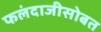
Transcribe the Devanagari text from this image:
फलंदाजीसोबत